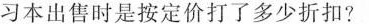
习本出售时是按定价打了多少折扣?